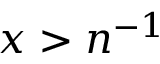
x > n ^ { - 1 }